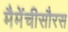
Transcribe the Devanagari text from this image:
मैमेंचीसौरस